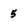
Character: 5